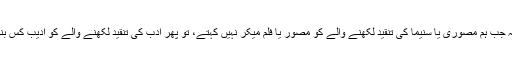
ایک اور بات یہ ہے کہ جب ہم مصوری یا سنیما کی تنقید لکھنے والے کو مصور یا فلم میکر نہیں کہتے، تو پھر ادب کی تنقید لکھنے والے کو ادیب کس بنیاد پر کہہ سکتے ہیں؟